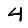
Digit: 4